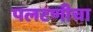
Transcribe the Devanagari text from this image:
पलटणीचा